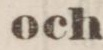
Och